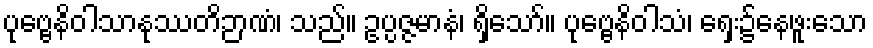
ပုဗ္ဗေနိဝါသာနုဿတိဉာဏံ၊ သည်။ ဥပ္ပဇ္ဇမာနံ၊ ရှိသော်။ ပုဗ္ဗေနိဝါသံ၊ ရှေး၌နေဖူးသော